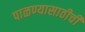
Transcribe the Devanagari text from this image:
पाळण्यासाठीची